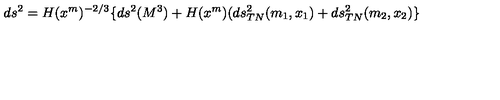
d s ^ { 2 } = H ( x ^ { m } ) ^ { - 2 / 3 } \lbrace d s ^ { 2 } ( M ^ { 3 } ) + H ( x ^ { m } ) ( d s _ { T N } ^ { 2 } ( m _ { 1 } , x _ { 1 } ) + d s _ { T N } ^ { 2 } ( m _ { 2 } , x _ { 2 } ) \rbrace